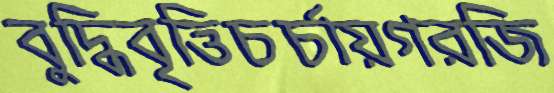
বুদ্ধিবৃত্তিচর্চায়গরজি